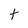
Character: t